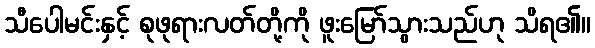
သီပေါမင်းနှင့် စုဖုရားလတ်တို့ကို ဖူးမြော်သွားသည်ဟု သိရ၏။